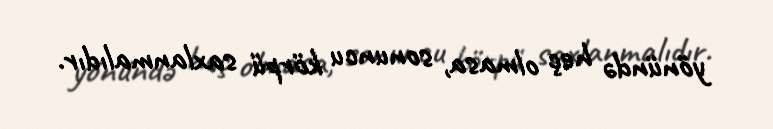
yönündə heç olmasa, sonuncu körpü saxlanmalıdır.